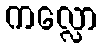
ကလ္လော